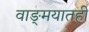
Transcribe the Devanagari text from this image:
वाङ्‌मयातही